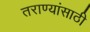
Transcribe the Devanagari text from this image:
तराण्यांसाठी